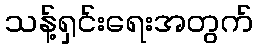
သန့်ရှင်းရေးအတွက်